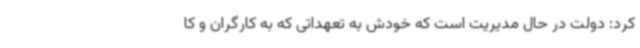
کرد: دولت در حال مدیریت است که خودش به تعهداتی که به کارگران و کا